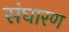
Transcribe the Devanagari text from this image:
संघारण